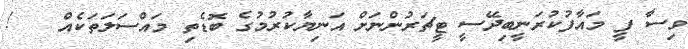
ވިސާ ފީ މައާފުކުރަނީބިދޭސީ ޓީޗަރުންނަށް އަނިޔާކުރުމުގެ ބޮޑެތި މައްސަލަތަކެއް   !